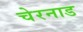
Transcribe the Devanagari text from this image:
चेरनाड